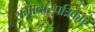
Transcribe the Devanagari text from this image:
समाचारपत्रिकाएं